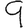
Digit: 9